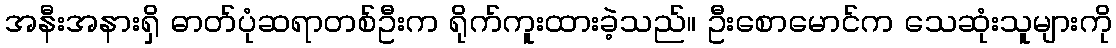
အနီးအနားရှိ ဓာတ်ပုံဆရာတစ်ဦးက ရိုက်ကူးထားခဲ့သည်။ ဦးစောမောင်က သေဆုံးသူများကို